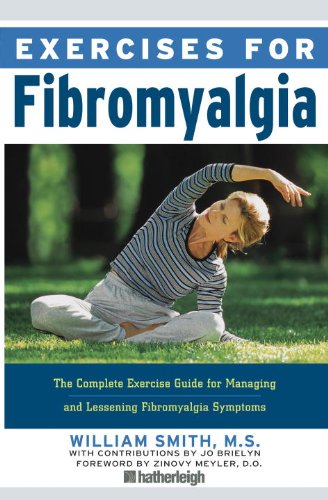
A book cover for Exercises for Fibromyalgia: The Complete Exercise Guide for Managing and Lessening Fibromyalgia Symptoms; William Smith; Health, Fitness & Dieting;